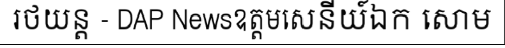
រថយន្ត - DAP Newsឧត្តមសេនីយ៍ឯក សោម